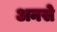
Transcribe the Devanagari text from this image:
अनसे